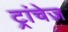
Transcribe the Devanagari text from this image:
ट्रांचेज़